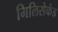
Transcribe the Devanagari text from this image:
मिलिसेकंड